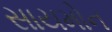
સાયમોન